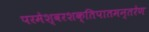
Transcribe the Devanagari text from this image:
परमेश्वरशक्तिपातमन्तरेण